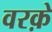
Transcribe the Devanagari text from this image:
वरक़े